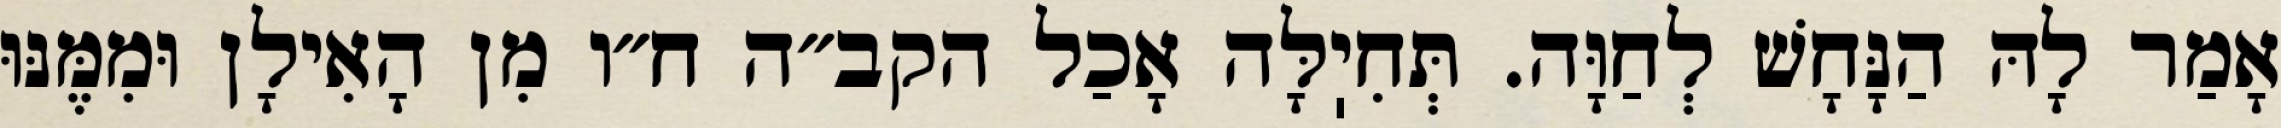
אָמַר לָהּ הַנָּחָשׁ לְחַוָּה. תְּחִיֽלָּה אָכַל הקב״ה ח״ו מִן הָאִילָן וּמִמֶּנּוּ